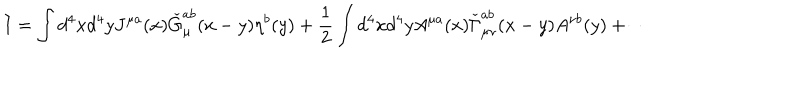
LaTeX: I = \int d ^ { 4 } x d ^ { 4 } y J ^ { \mu a } ( x ) \check { G } _ { \mu } ^ { a b } ( x - y ) \eta ^ { b } ( y ) + \frac 1 2 \int d ^ { 4 } x d ^ { 4 } y A ^ { \mu a } ( x ) \check { \Gamma } _ { \mu \nu } ^ { a b } ( x - y ) A ^ { \nu b } ( y ) + \cdots